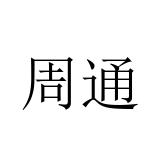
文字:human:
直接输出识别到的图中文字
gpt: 周通